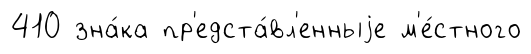
410 зна́ка пр'едста́вл'енныjе м'е́стного